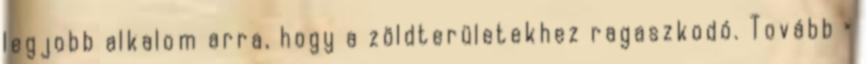
legjobb alkalom arra, hogy a zöldterületekhez ragaszkodó. Tovább ›